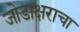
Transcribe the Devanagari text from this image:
जोडाक्षराचा